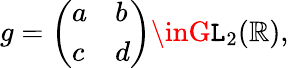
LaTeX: g={\left(\begin{array}{ll}{a}&{b}\\ {c}&{d}\end{array}\right)}\inG\mathtt{L}_{2}(\mathbb{{R}}),